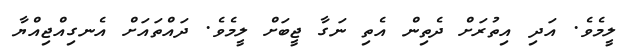
ލީމެވެ. އަދި އިތުރަށް ދެތިން އެތި ނަގާ ޖީބަށް ލީމެވެ. ދައްތައަށް އެނގިއްޖިއްޔާ